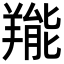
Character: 𦎵